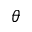
\theta